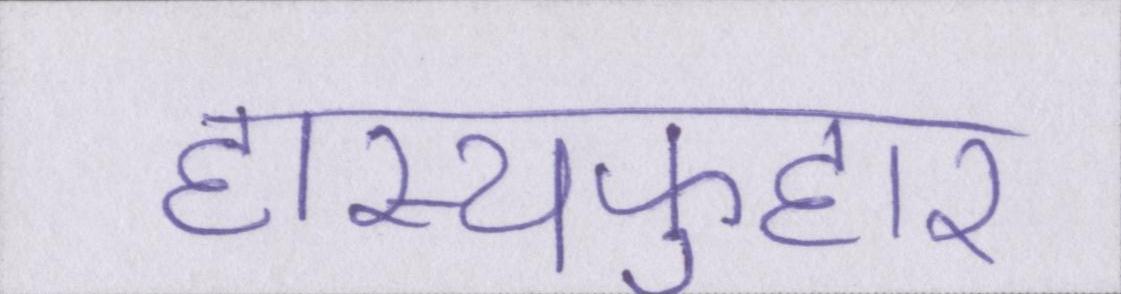
हास्यफुहार